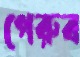
পেরুব